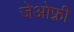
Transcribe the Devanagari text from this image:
जेओफ़्री